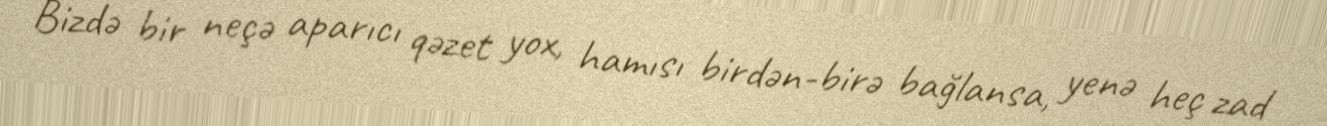
Bizdə bir neçə aparıcı qəzet yox, hamısı birdən-birə bağlansa, yenə heç zad